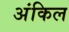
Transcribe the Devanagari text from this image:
अंकिल